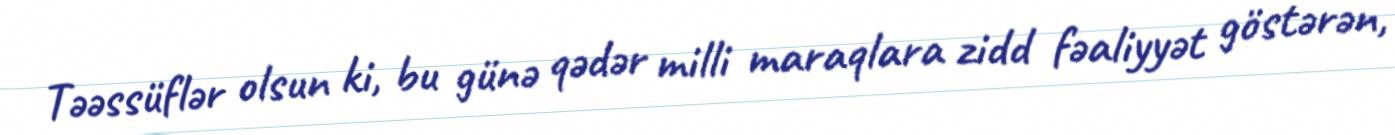
Təəssüflər olsun ki, bu günə qədər milli maraqlara zidd fəaliyyət göstərən,